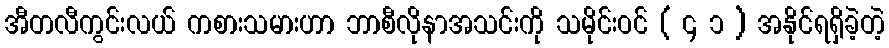
အီတလီကွင်းလယ် ကစားသမားဟာ ဘာစီလိုနာအသင်းကို သမိုင်းဝင် ( ၄ ၁ ) အနိုင်ရရှိခဲ့တဲ့